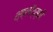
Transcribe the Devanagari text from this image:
श्क्लॉव्स्की